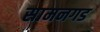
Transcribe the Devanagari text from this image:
सामनगड